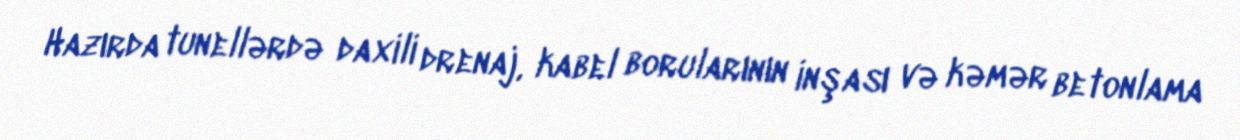
Hazırda tunellərdə daxili drenaj, kabel borularının inşası və kəmər betonlama